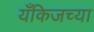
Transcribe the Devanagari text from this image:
यँकिजच्या